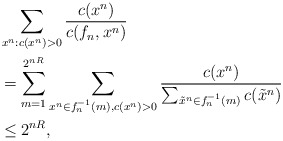
\begin{align*}&\sum_{x^n:c(x^n)>0} \frac{c(x^n)}{c(f_n,x^n)}\\&= \sum_{m=1}^{2^{nR}} \sum_{x^n \in f_n^{-1}(m), c(x^n)>0} \frac{c(x^n)}{\sum_{\tilde{x}^n \in f_n^{-1}(m)} c(\tilde{x}^n)}\\&\leq 2^{nR},\end{align*}